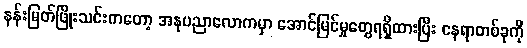
နန်းမြတ်ဖြိုးသင်းကတော့ အနုပညာလောကမှာ အောင်မြင်မှုတွေရရှိထားပြီး နေရာတစ်ခုကို